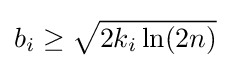
b_{i}\geq {\sqrt {2k_{i}\ln(2n)}}